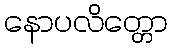
နောပလိတ္တော